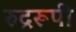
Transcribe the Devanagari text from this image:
रुद्ररूपी